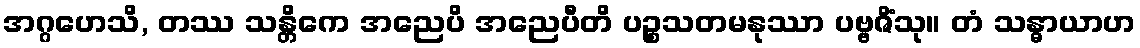
အဂ္ဂဟေသိ, တဿ သန္တိကေ အညေပိ အညေပီတိ ပဉ္စသတမနုဿာ ပဗ္ဗဇိံသု။ တံ သန္ဓာယာဟ